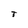
Character: T